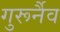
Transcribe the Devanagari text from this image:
गुरूर्नैव